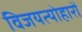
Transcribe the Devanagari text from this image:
विजयत्योहारों